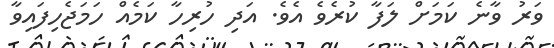
ވަރު ވާނެ ކަމަށް ލަފާ ކުރެވެ އެވެ. އަދި ހުރިހާ ކަމެއް ހަމަޖެހިފައިވާ